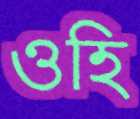
ওহি